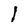
Character: l